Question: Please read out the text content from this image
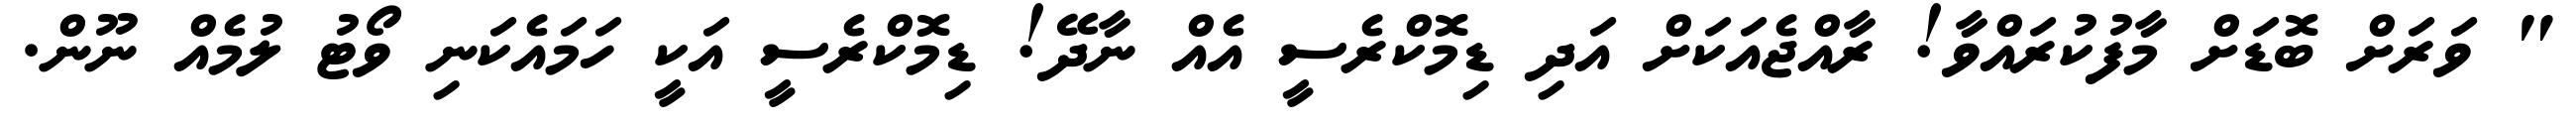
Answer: " ވަރަށް ބޮޑަށް މާފުކުރައްވާ! ރާއްޖެއަކަށް އަދި ޑިމޮކްރެސީ އެއް ނާދޭ! ޑިމޮކްރެސީ އަކީ ހަމައެކަނި ވޯޓު ލުމެއް ނޫން.